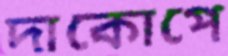
দাকোপে